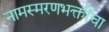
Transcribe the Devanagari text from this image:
नामस्मरणभक्तीचा